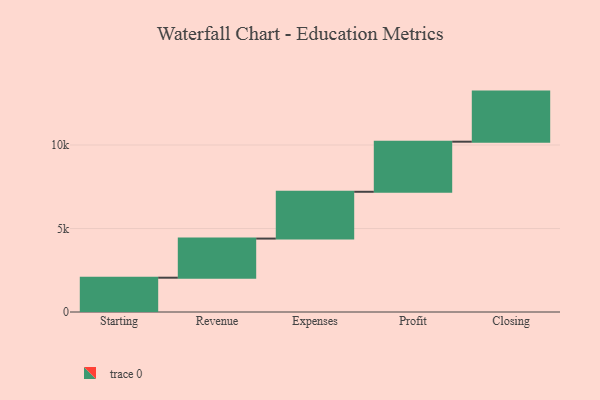
{"axis": {"x": "Step", "y": "Value"}, "legend": [""], "data": [{"x": "Starting", "y": 2054.0, "type": ""}, {"x": "Revenue", "y": 2343.0, "type": ""}, {"x": "Expenses", "y": 2803.0, "type": ""}, {"x": "Profit", "y": 3000, "type": ""}, {"x": "Closing", "y": 3000, "type": ""}]}